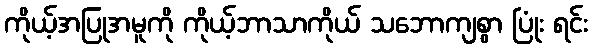
ကိုယ့်အပြုအမူကို ကိုယ့်ဘာသာကိုယ် သဘောကျစွာ ပြုံး ရင်း